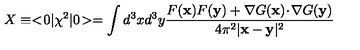
X \equiv < \! 0 | \chi ^ { 2 } | 0 \! > = \int d ^ { 3 } x d ^ { 3 } y { \frac { F ( \mathbf { x } ) F ( \mathbf { y } ) + \mathbf { \nabla } G ( \mathbf { x } ) \! \cdot \! \mathbf { \nabla } G ( \mathbf { y } ) } { 4 \pi ^ { 2 } | \mathbf { x } - \mathbf { y } | ^ { 2 } } }